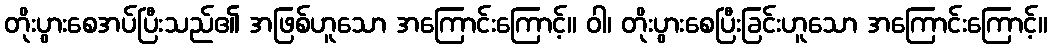
တိုးပွားစေအပ်ပြီးသည်၏ အဖြစ်ဟူသော အကြောင်းကြောင့်။ ဝါ၊ တိုးပွားစေပြီးခြင်းဟူသော အကြောင်းကြောင့်။